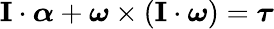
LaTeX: \mathbf{I}\cdot{\boldsymbol{\alpha}}+{\boldsymbol{\omega}}\times\left(\mathbf{I}\cdot{\boldsymbol{\omega}}\right)={\boldsymbol{\tau}}